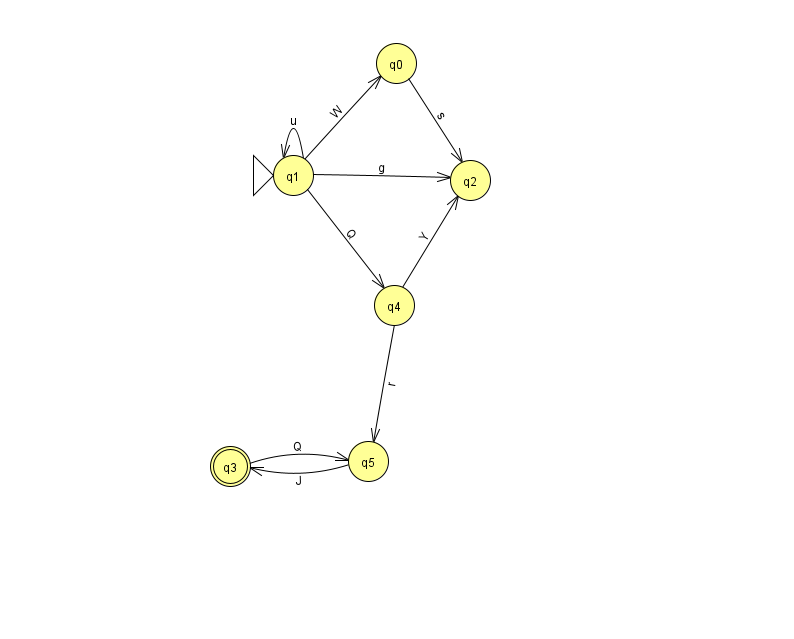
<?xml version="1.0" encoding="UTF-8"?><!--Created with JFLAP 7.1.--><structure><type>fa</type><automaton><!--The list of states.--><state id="0" name="q0"><x>396.0</x><y>50.0</y></state><state id="1" name="q1"><x>293.0</x><y>162.0</y><initial/></state><state id="2" name="q2"><x>470.0</x><y>167.0</y></state><state id="3" name="q3"><x>230.0</x><y>453.0</y><final/></state><state id="4" name="q4"><x>394.0</x><y>292.0</y></state><state id="5" name="q5"><x>368.0</x><y>448.0</y></state><!--The list of transitions.--><transition><from>3</from><to>5</to><read>Q</read></transition><transition><from>0</from><to>2</to><read>s</read></transition><transition><from>1</from><to>4</to><read>Q</read></transition><transition><from>1</from><to>0</to><read>W</read></transition><transition><from>1</from><to>1</to><read>u</read></transition><transition><from>1</from><to>2</to><read>g</read></transition><transition><from>5</from><to>3</to><read>J</read></transition><transition><from>4</from><to>5</to><read>r</read></transition><transition><from>4</from><to>2</to><read>Y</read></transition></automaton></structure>